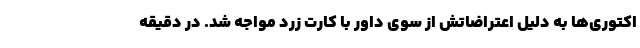
اکتوری‌ها به دلیل اعتراضاتش از سوی داور با کارت زرد مواجه شد. در دقیقه